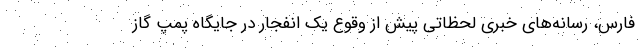
فارس، رسانه‌های خبری لحظاتی پیش از وقوع یک انفجار در جایگاه پمپ گاز